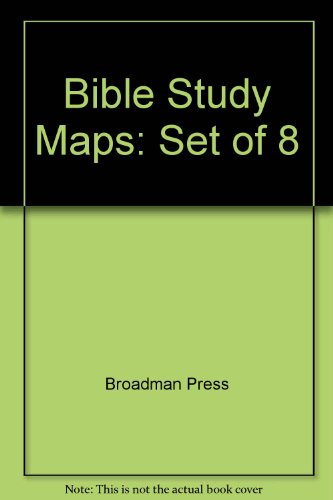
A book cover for Bible Study Maps: Set of 8; Broadman Press; Calendars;